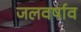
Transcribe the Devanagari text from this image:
जलवर्षाव